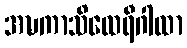
အဍ္ဎကာသိထေရီဂါထာ